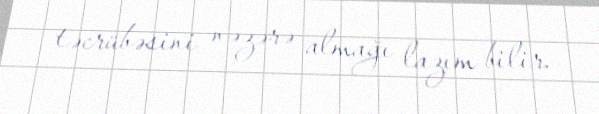
təcrübəsini nəzərə almağı lazım bilir.